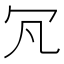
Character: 𠕵